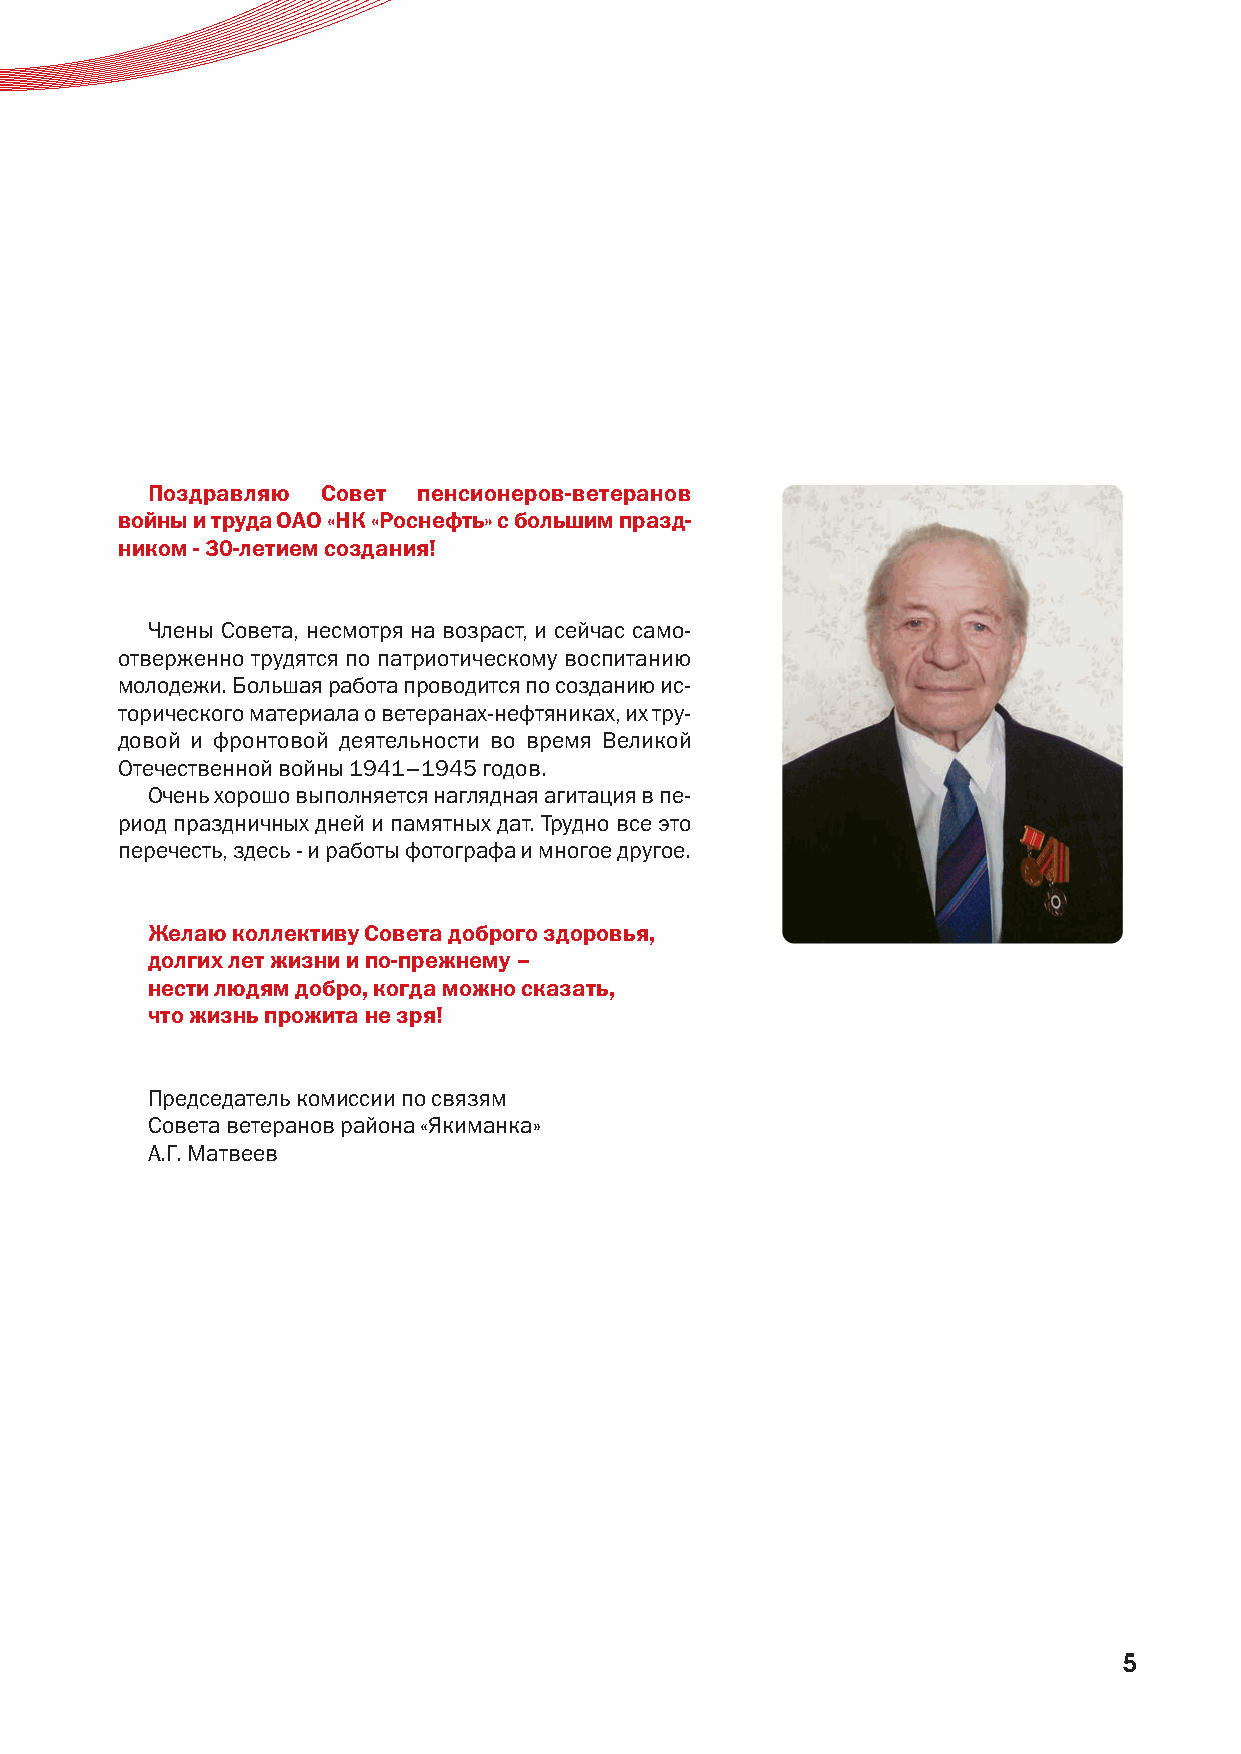
Поздравляю Совет  пенсионеров-ветеранов
 войны и труда ОАО «НК «Роснефть» с большим празд-
 ником - 30-летием создания!
 Члены Совета, несмотря на возраст, и сейчас само-
 отверженно трудятся по патриотическому воспитанию
 молодежи. Большая работа проводится по созданию ис-
 торического материала о ветеранах-нефтяниках, их тру-
 довой и фронтовой деятельности во время Великой
 Отечественной войны 1941–1945 годов.
 Очень хорошо выполняется наглядная агитация в пе-
 риод праздничных дней и памятных дат. Трудно все это
 перечесть, здесь - и работы фотографа и многое другое.
 Желаю коллективу Совета доброго здоровья,
 долгих лет жизни и по-прежнему –
 нести людям добро, когда можно сказать,
 что жизнь прожита не зря!
 Председатель комиссии по связям
 Совета ветеранов района «Якиманка»
 А.Г. Матвеев
 5